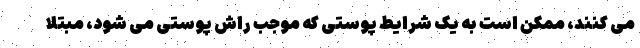
می کنند، ممکن است به یک شرایط پوستی که موجب راش پوستی می شود، مبتلا